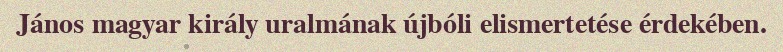
János magyar király uralmának újbóli elismertetése érdekében.